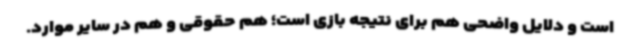
است و دلایل واضحی هم برای نتیجه بازی است؛ هم حقوقی و هم در سایر موارد.